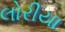
લોરીયા